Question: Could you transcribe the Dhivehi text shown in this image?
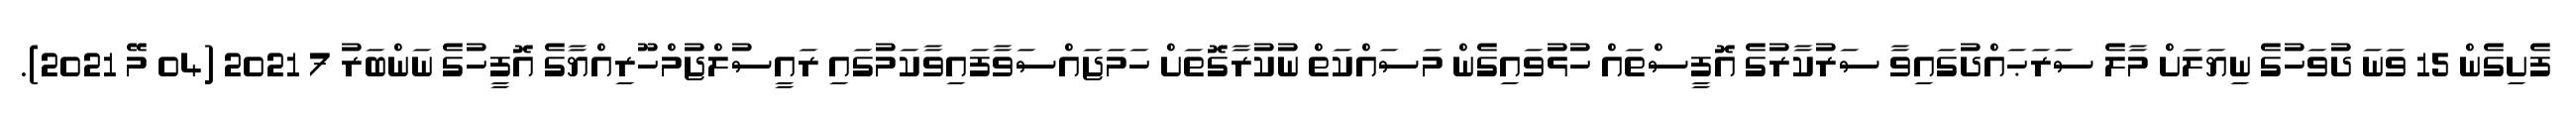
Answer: ފެށިގެން 15 ވަނަ ދުވަހުގެ ނިޔަލަށް މާލެ ސަރަޙައްދުގައިވާ ސަރުކާރުގެ އޮފީސްތައް ހުޅުވައިގެން މަސައްކަތް ނުކުރާގޮތަށް ހަމަޖައްސަވާފައިވާކަމުގައި ރައީސުލްޖުމްހޫރިއްޔާގެ އޮފީހުގެ ނަންބަރު 7 2021 (04 މޭ 2021).